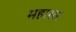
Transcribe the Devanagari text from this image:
महासर